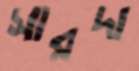
সারদা